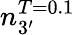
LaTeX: n_{3^{\prime}}^{T=0.1}